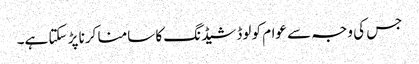
جس کی وجہ سے عوام کو لوڈشیڈنگ کا سامنا کرنا پڑ سکتا ہے۔